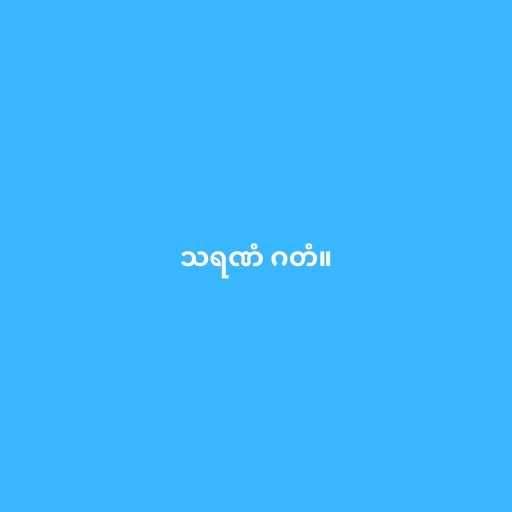
သရဏံ ဂတံ။